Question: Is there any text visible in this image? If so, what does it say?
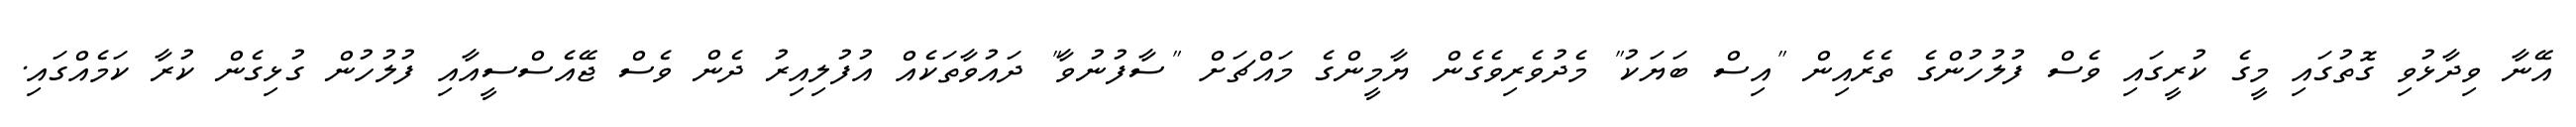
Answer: އޭނާ ވިދާޅުވި ގޮތުގައި މީގެ ކުރީގައި ވެސް ފުލުހުންގެ ތެރެއިން "އިސް ބަޔަކު" މެދުވެރިވެގެން ޔާމީންގެ މައްޗަށް "ސާފުނުވާ" ދައުވާތަކެއް އުފުލިއިރު ދެން ވެސް ޖޭއެސްސީއާއި ފުލުހުން ގުޅިގެން ކުރާ ކަމެއްގައި.